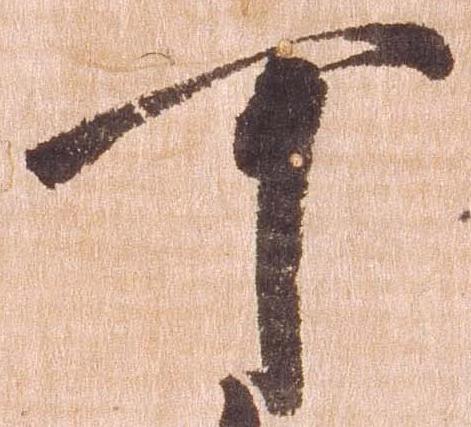
可